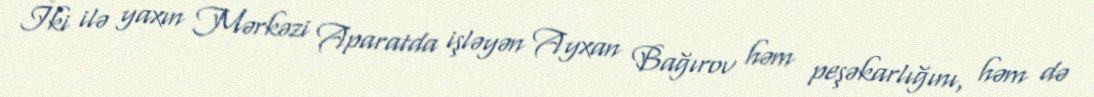
İki ilə yaxın Mərkəzi Aparatda işləyən Ayxan Bağırov həm peşəkarlığını, həm də